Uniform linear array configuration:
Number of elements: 64
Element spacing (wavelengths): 0.75
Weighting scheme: binomial
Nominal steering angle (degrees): -15
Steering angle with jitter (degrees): -13.032
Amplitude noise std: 0.05
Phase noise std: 0.05

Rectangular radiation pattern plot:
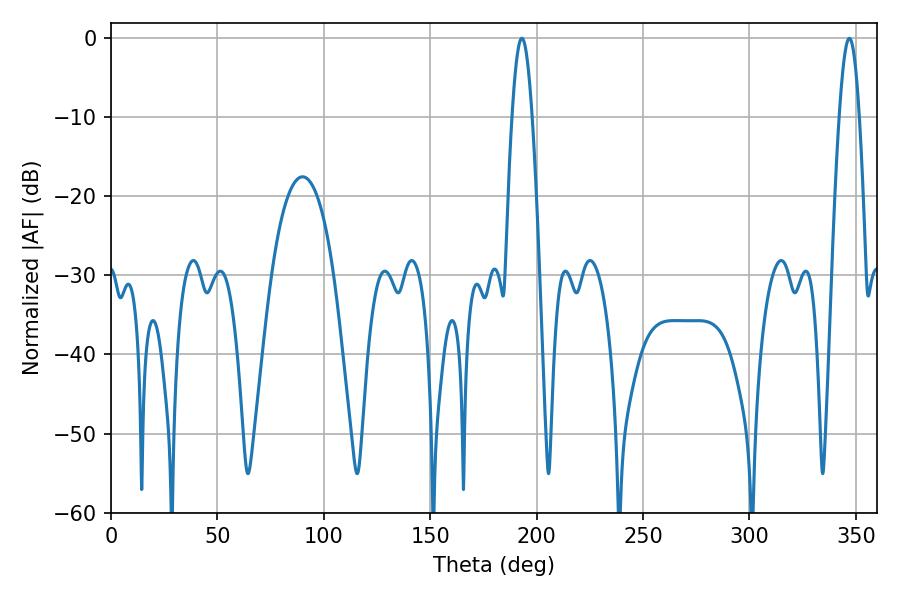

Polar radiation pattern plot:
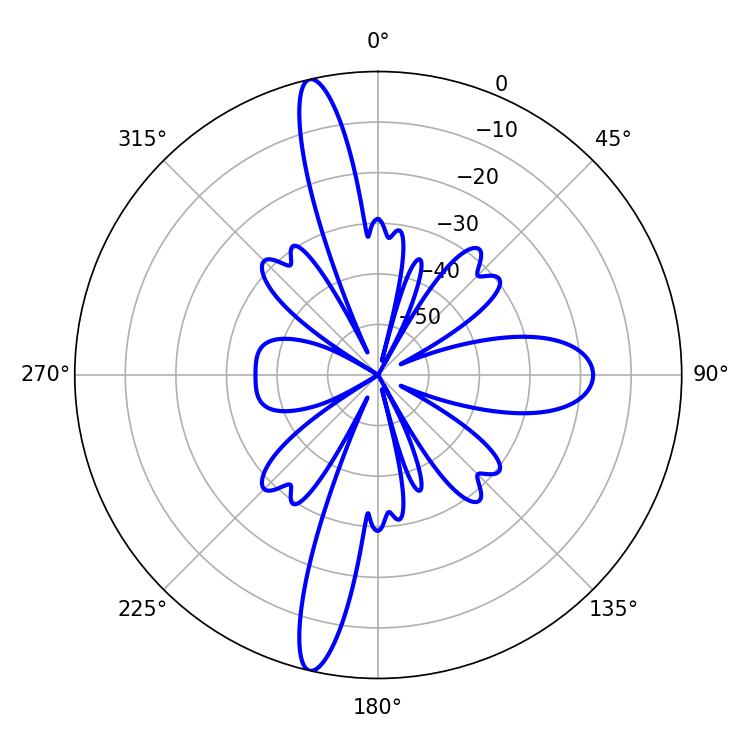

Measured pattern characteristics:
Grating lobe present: TRUE
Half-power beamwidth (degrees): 5.04
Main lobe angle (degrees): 193.14